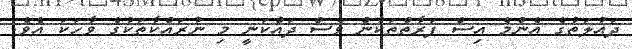
ދައުލަތުގެ އެންމެ އިސް ފަރާތްތަކުން ވެސް ދައްކަނީ މި ނުރައްކާތަކުގެ ވާހަކަ އެވެ.